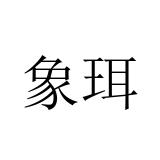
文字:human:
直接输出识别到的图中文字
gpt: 象珥